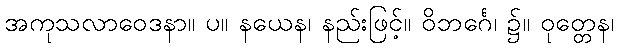
အကုသလာဝေဒနာ။ ပ။ နယေန၊ နည်းဖြင့်။ ဝိဘင်္ဂေ၊ ၌။ ဝုတ္တေန၊